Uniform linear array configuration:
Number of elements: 48
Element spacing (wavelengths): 0.25
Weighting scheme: hann
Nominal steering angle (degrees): -60
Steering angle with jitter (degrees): -58.639
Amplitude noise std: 0.05
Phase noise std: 0.05

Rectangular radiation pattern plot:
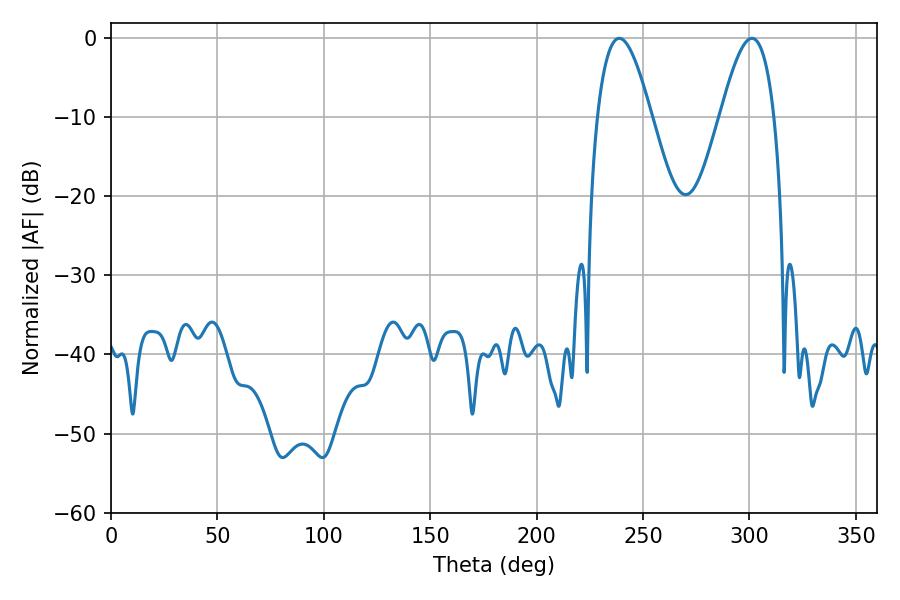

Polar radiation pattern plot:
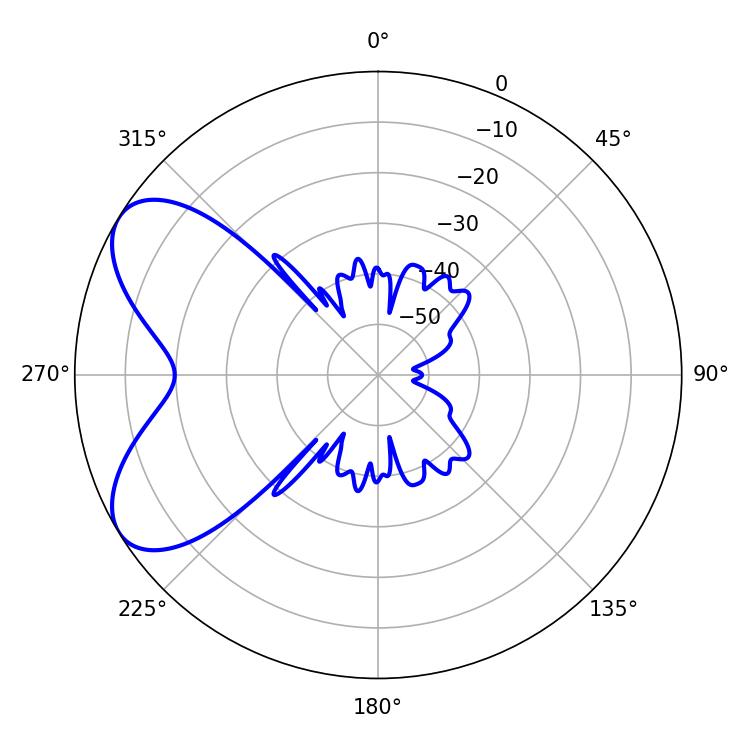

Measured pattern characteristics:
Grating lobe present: FALSE
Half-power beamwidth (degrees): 13.68
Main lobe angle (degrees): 238.86